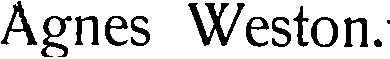
Agnes Weston.